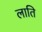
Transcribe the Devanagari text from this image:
लाति